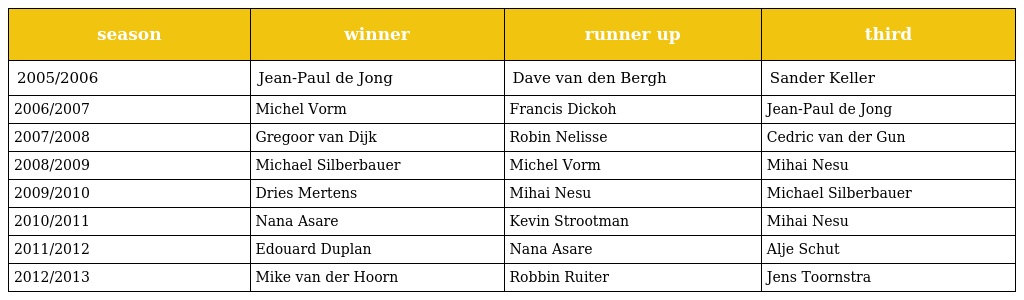
| season | winner | runner up | third |
 | --- | --- | --- | --- |
 | 2005/2006 | Jean-Paul de Jong | Dave van den Bergh | Sander Keller |
 | 2006/2007 | Michel Vorm | Francis Dickoh | Jean-Paul de Jong |
 | 2007/2008 | Gregoor van Dijk | Robin Nelisse | Cedric van der Gun |
 | 2008/2009 | Michael Silberbauer | Michel Vorm | Mihai Nesu |
 | 2009/2010 | Dries Mertens | Mihai Nesu | Michael Silberbauer |
 | 2010/2011 | Nana Asare | Kevin Strootman | Mihai Nesu |
 | 2011/2012 | Edouard Duplan | Nana Asare | Alje Schut |
 | 2012/2013 | Mike van der Hoorn | Robbin Ruiter | Jens Toornstra |